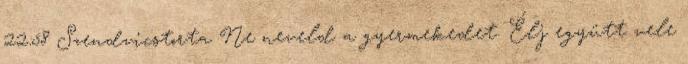
22:58 Szendvicstorta Ne neveld a gyermekedet. Élj együtt vele